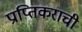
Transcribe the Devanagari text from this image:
प्राप्तिकराची